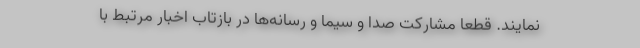
نمایند. قطعاً مشارکت صدا و سیما و رسانه‌ها در بازتاب اخبار مرتبط با